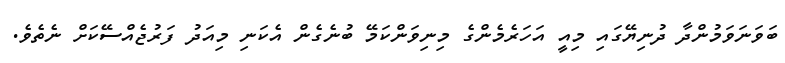
ބަވަނަވަމުންދާ ދުނިޔޭގައި މިއީ އަހަރެމެންގެ މިނިވަންކަމޭ ބުނެގެން އެކަނި މިއަދު ފަރުޖެއްސޭކަށް ނެތެވެ.